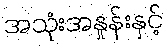
အသုံးအနှုန်းနှင့်